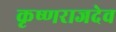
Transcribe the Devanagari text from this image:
कृष्णराजदेव